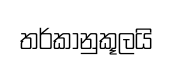
තර්කානුකූලයි